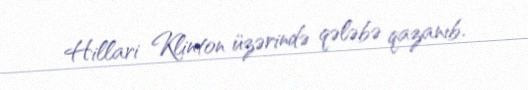
Hillari Klinton üzərində qələbə qazanıb.